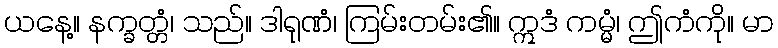
ယနေ့။ နက္ခတ္တံ၊ သည်။ ဒါရုဏံ၊ ကြမ်းတမ်း၏။ ဣဒံ ကမ္မံ၊ ဤကံကို။ မာ